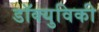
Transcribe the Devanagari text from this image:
डॉक्युविकी